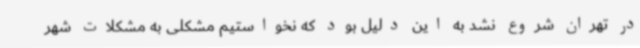
در تهران شروع نشد به این دلیل بود که نخواستیم مشکلی به مشکلات شهر